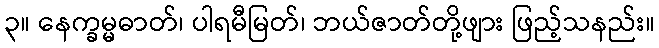
၃။ နေက္ခမ္မဓာတ်၊ ပါရမီမြတ်၊ ဘယ်ဇာတ်တို့ဖျား ဖြည့်သနည်း။